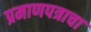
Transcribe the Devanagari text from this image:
प्रमाणपत्राचा